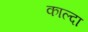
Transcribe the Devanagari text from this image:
काल्दा